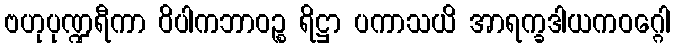
ဗဟုပုဏ္ဍရီကာ ဝိပါကဘာဝဉ္စ ရိဋ္ဌာ ပကာသယိ အာရက္ခဒါယကဝဂ္ဂေါ